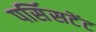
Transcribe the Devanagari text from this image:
पर्सिसटेंट